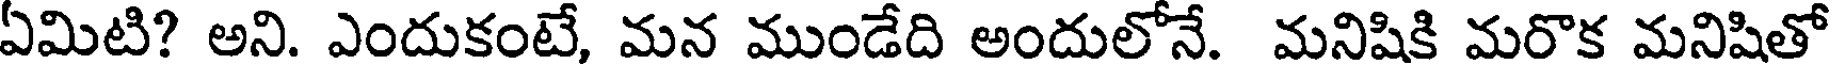
ఏమిటి? అని. ఎందుకంటే, మన ముండేది అందులోనే. మనిషికి మరొక మనిషితో